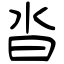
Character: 沓